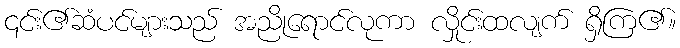
၎င်း၏ဆံပင်များသည် အညိုရောင်လုကာ လှိုင်းထလျက် ရှိကြ၏။